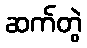
ဆက်တွဲ